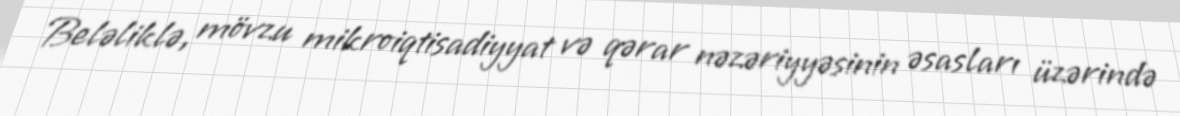
Beləliklə, mövzu mikroiqtisadiyyat və qərar nəzəriyyəsinin əsasları üzərində